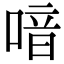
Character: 喑